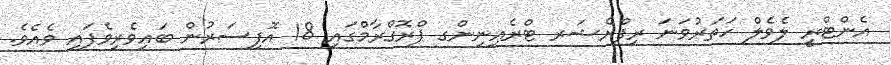
އެންޓްރީ ލެވެލް ހަތަރުވަނަ ރިފްރެޝަރ ޓްރެއިނިންގ ޕްރޮގްރާމްގައި 18 އޮފިސަރުން ބައިވެރިވެފައި ވެއެވެ.